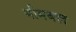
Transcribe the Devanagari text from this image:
भीमबल